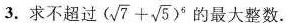
3.求不超过$$ ( \sqrt { 7 } + \sqrt { 5 } ) ^ { 6 }$$的最大整数。